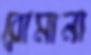
রোমানা